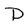
Character: D